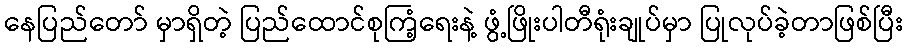
နေပြည်တော် မှာရှိတဲ့ ပြည်ထောင်စုကြံ့ရေးနဲ့ ဖွံ့ဖြိုးပါတီရုံးချုပ်မှာ ပြုလုပ်ခဲ့တာဖြစ်ပြီး